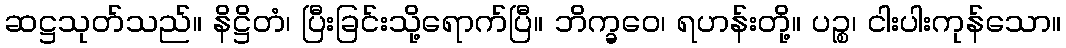
ဆဋ္ဌသုတ်သည်။ နိဋ္ဌိတံ၊ ပြီးခြင်းသို့ရောက်ပြီ။ ဘိက္ခဝေ၊ ရဟန်းတို့။ ပဉ္စ၊ ငါးပါးကုန်သော။